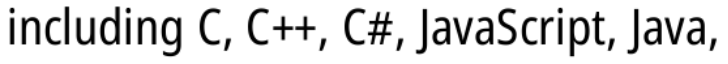
including C, C++, C#, JavaScript, Java,